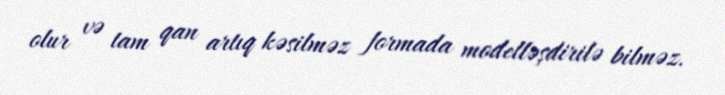
olur və tam qan artıq kəsilməz formada modelləşdirilə bilməz.